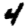
Digit: 4